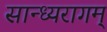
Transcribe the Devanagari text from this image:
सान्ध्यरागम्